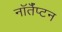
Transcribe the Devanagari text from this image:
नॉर्तँप्टन